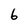
Character: 6